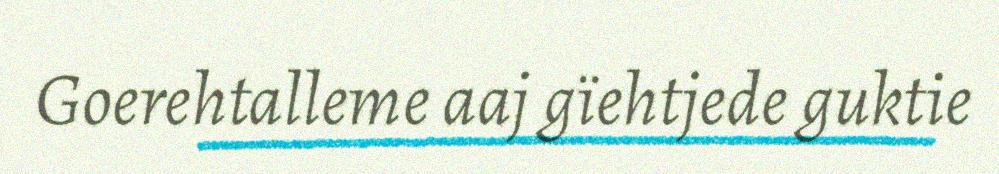
Goerehtalleme aaj gïehtjede guktie